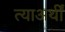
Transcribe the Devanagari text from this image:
त्याअर्थीं